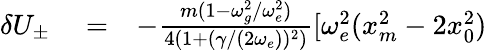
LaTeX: \begin{array}{rlr}{\delta U_{\pm}}&{{}=}&{-\frac{m(1-\omega_{g}^{2}/\omega_{e}^{2})}{4(1+(\gamma/(2\omega_{e}))^{2})}[\omega_{e}^{2}(x_{m}^{2}-2x_{0}^{2})}\end{array}